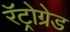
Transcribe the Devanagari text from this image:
रॅट्रोग्रेड